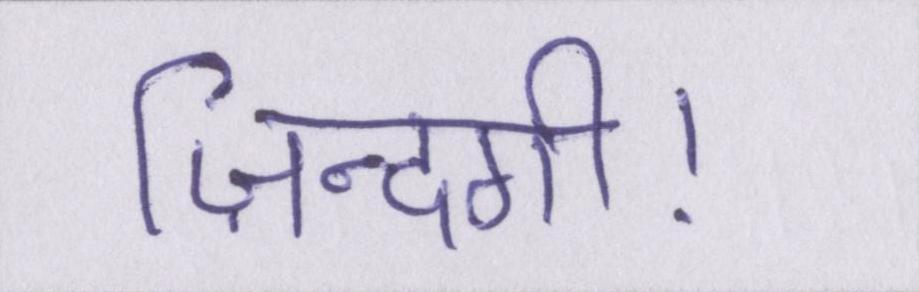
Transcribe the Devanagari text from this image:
ज़िन्दगी।